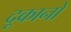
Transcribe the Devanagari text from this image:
दूकानो